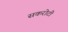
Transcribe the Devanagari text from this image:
सकरोटी